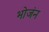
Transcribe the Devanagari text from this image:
भोजंन